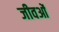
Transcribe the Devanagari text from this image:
जीवओं